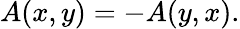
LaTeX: A(x,y)=-A(y,x).